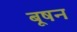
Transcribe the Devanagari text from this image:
बूषन